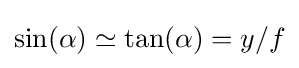
\sin(\alpha )\simeq \tan(\alpha )=y/f